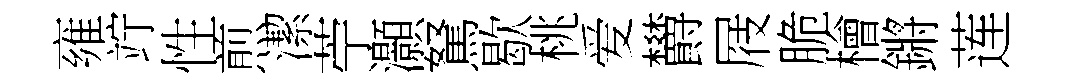
雍竚性煎潔苧灝駑歇桃爱欝屐脆檜鏘莲